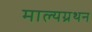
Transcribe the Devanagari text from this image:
माल्यग्रथन